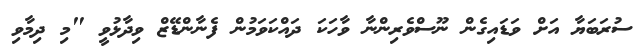
ސުރަބަޔާ އަށް ވަޑައިގެން ނޫސްވެރިންނާ ވާހަކަ ދައްކަވަމުން ފެނާންޑޭޒް ވިދާޅުވީ "މި ދިމާވި